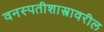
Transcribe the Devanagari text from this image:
वनस्पतीशास्त्रावरील